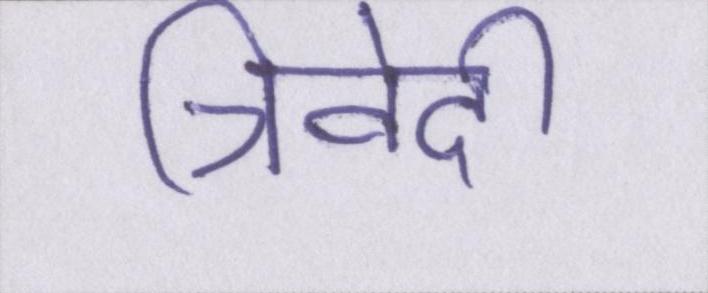
त्रिवेदी